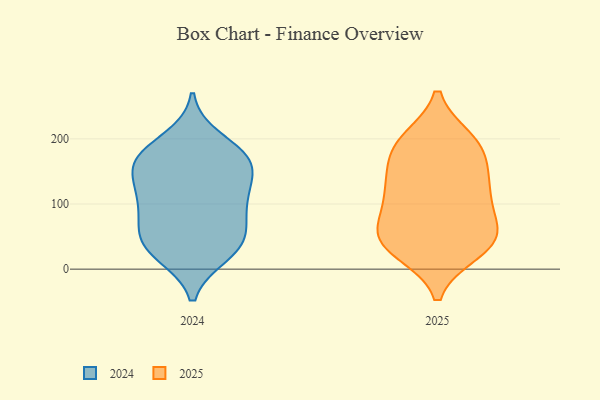
{"axis": {"x": "Page Views", "y": "Value"}, "legend": ["2024", "2025"], "data": [{"x": "", "y": 101, "type": "2025"}, {"x": "", "y": 126, "type": "2025"}, {"x": "", "y": 120, "type": "2025"}, {"x": "", "y": 184, "type": "2025"}, {"x": "", "y": 50, "type": "2025"}, {"x": "", "y": 40, "type": "2025"}, {"x": "", "y": 52, "type": "2025"}, {"x": "", "y": 62, "type": "2025"}, {"x": "", "y": 103, "type": "2025"}, {"x": "", "y": 139, "type": "2025"}, {"x": "", "y": 53, "type": "2025"}, {"x": "", "y": 27, "type": "2025"}, {"x": "", "y": 29, "type": "2025"}, {"x": "", "y": 188, "type": "2025"}, {"x": "", "y": 198, "type": "2025"}, {"x": "", "y": 159, "type": "2025"}, {"x": "", "y": 198, "type": "2025"}, {"x": "", "y": 159, "type": "2024"}, {"x": "", "y": 180, "type": "2024"}, {"x": "", "y": 154, "type": "2024"}, {"x": "", "y": 23, "type": "2024"}, {"x": "", "y": 159, "type": "2024"}, {"x": "", "y": 46, "type": "2024"}, {"x": "", "y": 171, "type": "2024"}, {"x": "", "y": 52, "type": "2024"}, {"x": "", "y": 167, "type": "2024"}, {"x": "", "y": 58, "type": "2024"}, {"x": "", "y": 200, "type": "2024"}, {"x": "", "y": 114, "type": "2024"}, {"x": "", "y": 22, "type": "2024"}, {"x": "", "y": 109, "type": "2024"}, {"x": "", "y": 101, "type": "2024"}, {"x": "", "y": 80, "type": "2024"}, {"x": "", "y": 117, "type": "2024"}, {"x": "", "y": 34, "type": "2024"}]}